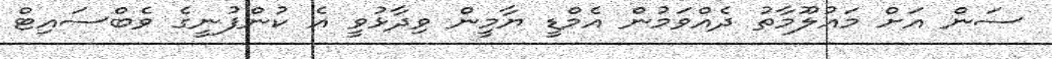
ސަން އަށް މައުލޫމާތު ދެއްވަމުން އެމްޑީ ޔާމީން ވިދާޅުވީ އެ ކުންފުނީގެ ވެބްސައިޓް